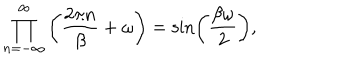
\prod _ { n = - \infty } ^ { \infty } \left( \frac { 2 \pi n } { \beta } + \omega \right) = \sin \left( \frac { \beta \omega } { 2 } \right) ,